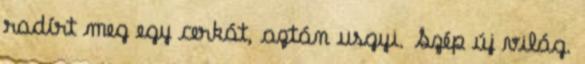
radírt meg egy cerkát, aztán usgyi. Szép új világ.